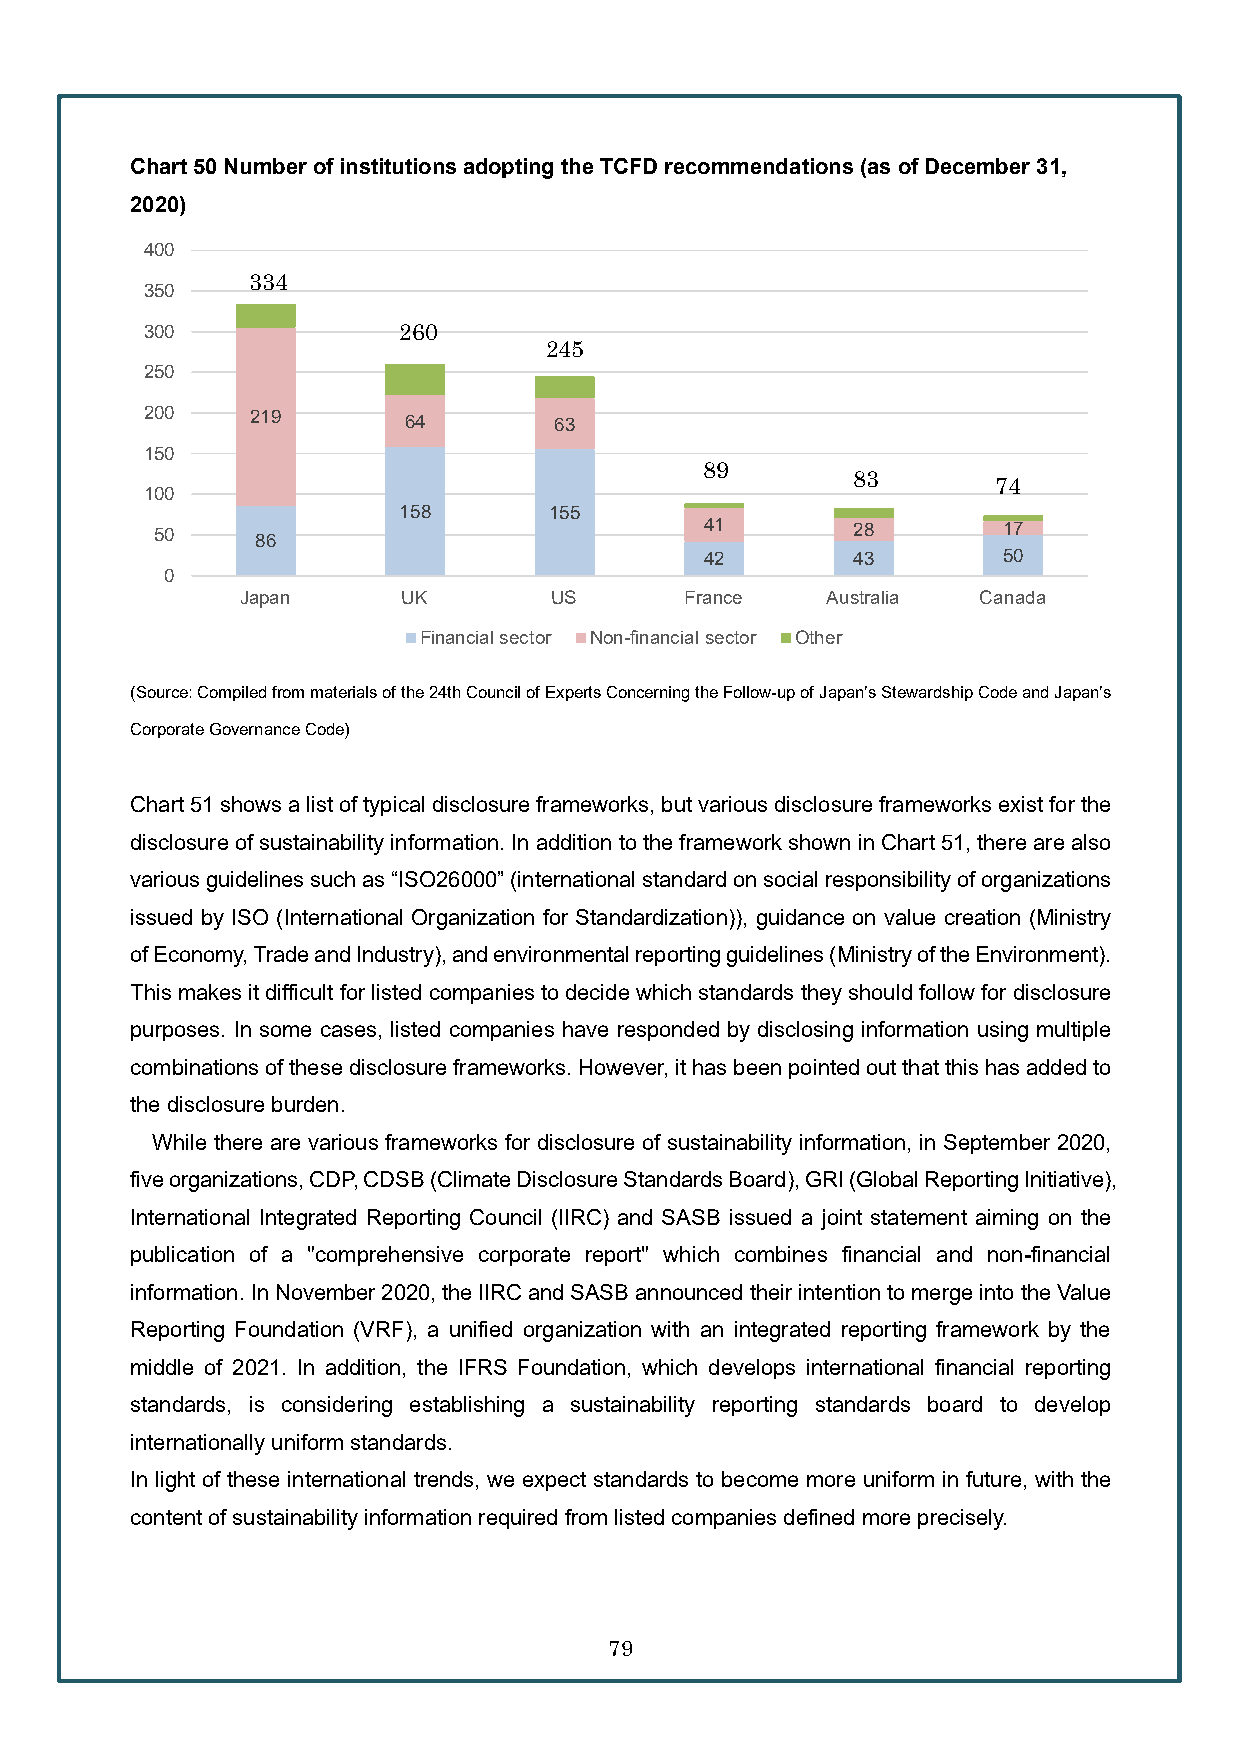
Chart 50Number of institutions adopting the TCFD recommendations (as of December 31,
 2020)
 400
 334
 350
 300             260
 245
 250
 200    219       64        63
 150
 89
 83
 74
 100
 158       155
 50                                   41       28        17
 86
 42       43        50
 0
 Japan      UK        US      France    Australia Canada
 Financial sector Non-financial sector Other
 (Source: Compiled from materials of the 24th Council of Experts Concerning the Follow-up of Japan’s Stewardship Code and Japan’s
 Corporate Governance Code)
 Chart 51 shows a list of typical disclosure frameworks, but various disclosure frameworks exist for the
 disclosure of sustainability information. In addition to the framework shown in Chart 51, there are also
 various guidelines such as “ISO26000” (international standard on social responsibility of organizations
 issued by ISO (International Organization for Standardization)), guidance on value creation (Ministry
 of Economy, Trade and Industry), and environmental reporting guidelines (Ministry of the Environment).
 This makes it difficult for listed companies to decide which standards they should follow for disclosure
 purposes. In some cases, listed companies have responded by disclosing information using multiple
 combinations of these disclosure frameworks. However, ithas been pointed out that this has added to
 the disclosure burden.
 While there are various frameworks for disclosure of sustainability information, in September 2020,
 five organizations, CDP, CDSB (Climate Disclosure Standards Board), GRI (Global Reporting Initiative),
 International Integrated Reporting Council (IIRC) and SASB issued a joint statement aiming on the
 publication of a "comprehensive corporate report" which combines financial and non-financial
 information. In November 2020, the IIRC and SASB announced their intention to merge into the Value
 Reporting Foundation (VRF), a unified organization with an integrated reporting framework by the
 middle of 2021. In addition, the IFRS Foundation, which develops international financial reporting
 standards, is considering establishing a sustainability reporting standards board to develop
 internationally uniform standards.
 In light of these international trends, we expect standards to become more uniform in future, with the
 content of sustainability information required from listed companies defined more precisely.
 79